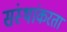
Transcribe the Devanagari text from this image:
संस्थांकरता